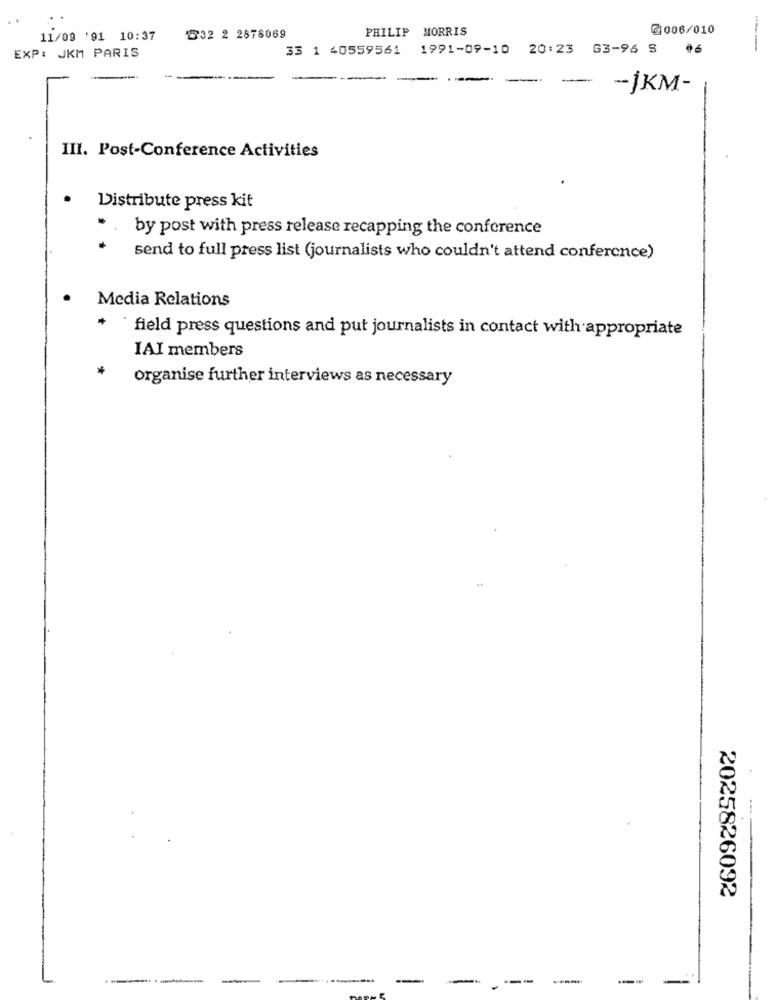
PHILIP MORRIS
2006/010
11/09 '91 10:37
532 2 2878069
EXP: JKM PARIS
33 1 40559561 1991-09-10 20:23 G3-96 S
----
--.
-
-- İKM-
III. Post-Conference Activities
Distribute press kit
* . by post with press release recapping the conference
send to full press list (journalists who couldn't attend conference)
Media Relations
`field press questions and put journalists in contact with appropriate
IAI members
organise further interviews as necessary
--
2025826092
---
--